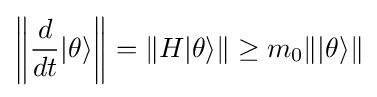
\left\|{\frac {d}{dt}}|\theta \rangle \right\|=\|H|\theta \rangle \|\geq m_{0}\||\theta \rangle \|